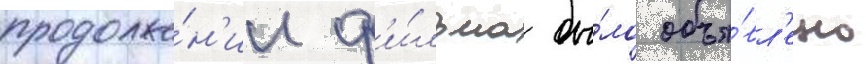
продолже́н'ии ф'и́льма бы́ло объя́вл'ено